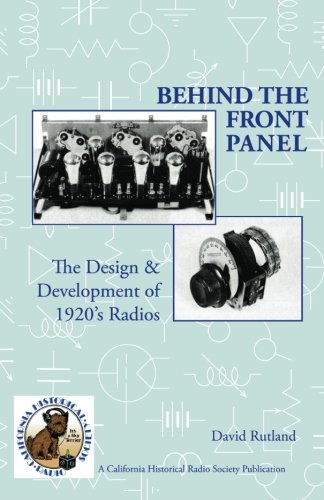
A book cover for Behind The Front Panel: The Design & Development of 1920's Radio; David Rutland; Crafts, Hobbies & Home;